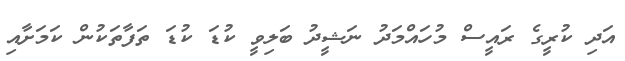
އަދި ކުރީގެ ރައީސް މުހައްމަދު ނަޝީދު ބަލިވީ ކުޑަ ކުޑަ ތަފާތަކުން ކަމަށާއި